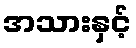
အသားနှင့်